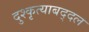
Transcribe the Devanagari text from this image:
दुश्कृत्याबद्दल